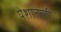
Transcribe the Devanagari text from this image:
पेशातली